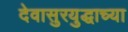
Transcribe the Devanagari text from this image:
देवासुरयुद्धाच्या